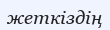
жеткіздің